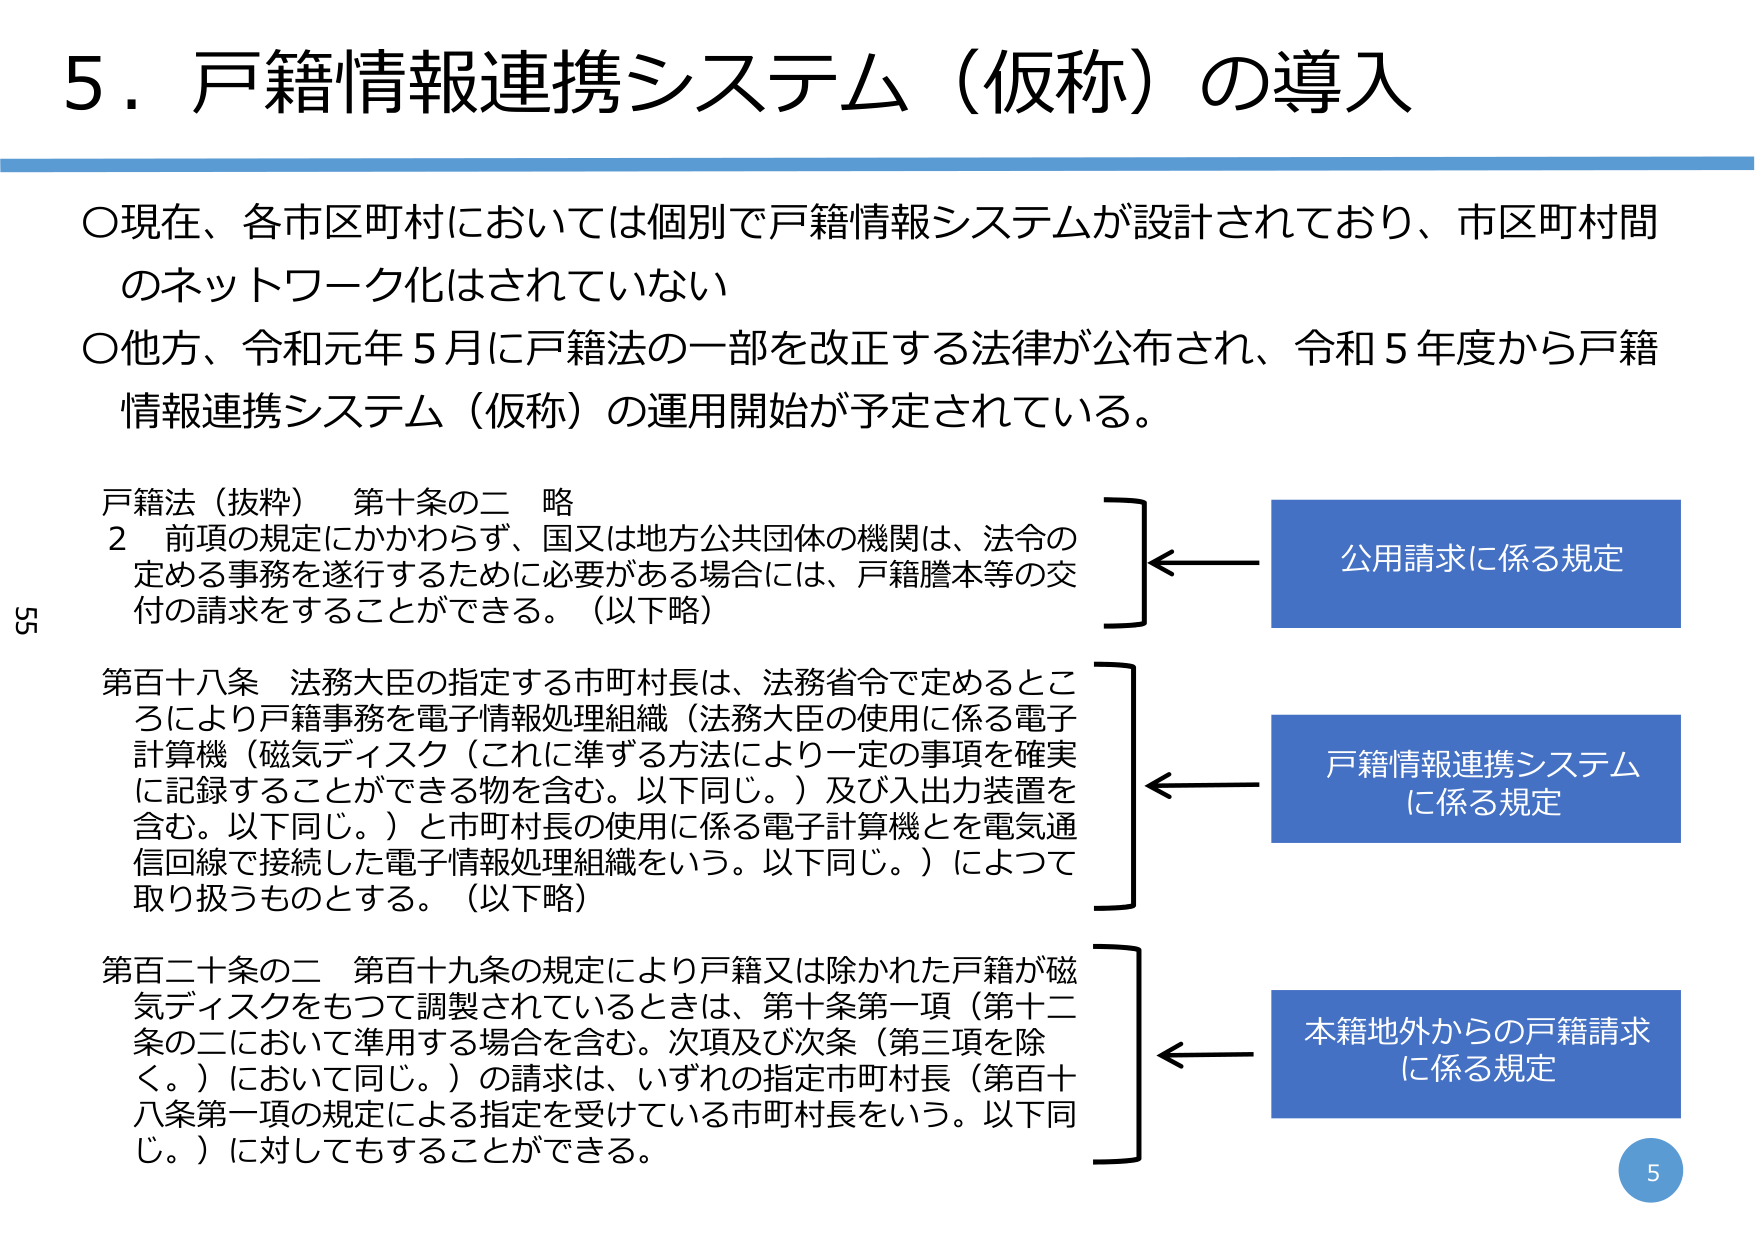
5．戸籍情報連携システム（仮称）の導入

〇現在、各市区町村においては個別で戸籍情報システムが設計されており、市区町村間のネットワーク化はされていない
〇他方、令和元年5月に戸籍法の一部を改正する法律が公布され、令和5年度から戸籍情報連携システム（仮称）の運用開始が予定されている。

戸籍法（抜粋） 第十条の二 略
2 前項の規定にかかわらず、国又は地方公共団体の機関は、法令の定める事務を遂行するために必要がある場合には、戸籍謄本等の交付の請求をすることができる。（以下略）

第百十八条 法務大臣の指定する市町村長は、法務省令で定めるところにより戸籍事務を電子情報処理組織（法務大臣の使用に係る電子計算機（磁気ディスク（これに準ずる方法により一定の事項を確実に記録することができる物を含む。以下同じ。）及び入出力装置を含む。以下同じ。）と市町村長の使用に係る電子計算機とを電気通信回線で接続した電子情報処理組織をいう。以下同じ。）によつて取り扱うものとする。（以下略）

第百二十条の二 第百十九条の規定により戸籍又は除かれた戸籍が磁気ディスクをもつて調製されているときは、第十条第一項（第十二条の二において準用する場合を含む。次項及び次条（第三項を除く。）において同じ。）の請求は、いずれの指定市町村長（第百十八条第一項の規定による指定を受けている市町村長をいう。以下同じ。）に対してもすることができる。

公用請求に係る規定
戸籍情報連携システムに係る規定
本籍地外からの戸籍請求に係る規定

55
5